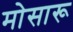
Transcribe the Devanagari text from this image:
मोसारू